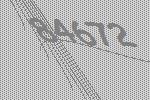
84672